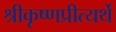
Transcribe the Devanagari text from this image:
श्रीकृष्णप्रीत्यर्थे